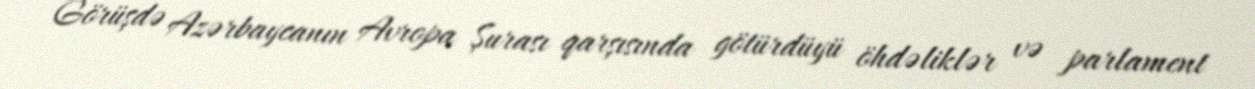
Görüşdə Azərbaycanın Avropa Şurası qarşısında götürdüyü öhdəliklər və parlament